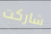
شاركت